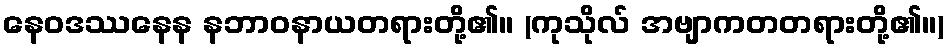
နေဝဒဿနေန နဘာဝနာယတရားတို့၏။ (ကုသိုလ် အဗျာကတတရားတို့၏။)